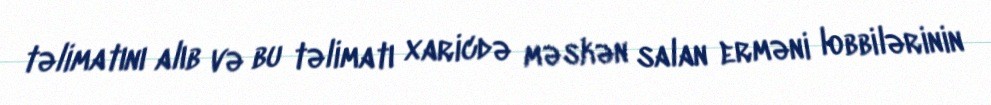
təlimatını alıb və bu təlimatı xaricdə məskən salan erməni lobbilərinin